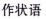
作状语